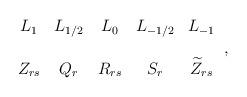
LaTeX: \begin{align*} \begin{array}{ccccc} L_1 & L_{1/2} & L_{0} & L_{- 1/2} &L_{-1}\cr\cr Z_{rs} & Q_{r} & R_{rs} & S_r & \widetilde{Z}_{rs} \end{array} \, ,\end{align*}